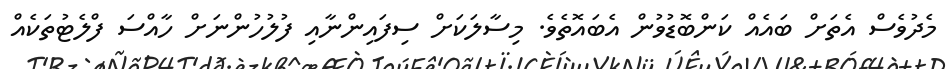
މެދުވެސް އެތަށް ބައެއް ކަންބޮޑުވުން އެބައޮތެވެ. މިސާލަކަށް ސިފައިންނާއި ފުލުހުންނަށް ހާއްސަ ފްލެޓުތަކެއް